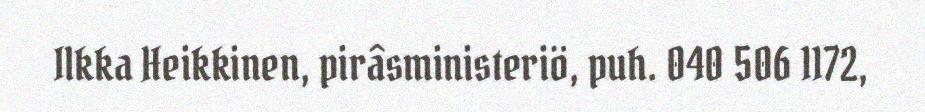
Ilkka Heikkinen, pirâsministeriö, puh. 040 506 1172,